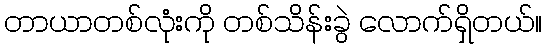
တာယာတစ်လုံးကို တစ်သိန်းခွဲ လောက်ရှိတယ်။